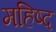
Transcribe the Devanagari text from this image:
महिष्द